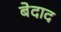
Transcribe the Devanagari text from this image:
बेदाद